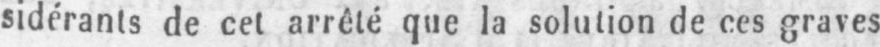
sidérants de cet arrêté que la solution de ces graves